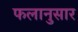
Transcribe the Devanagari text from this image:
फलानुसार